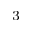
^ 3